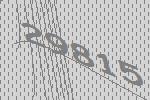
29815